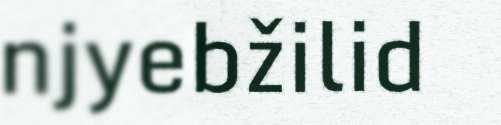
njyebžilid